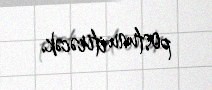
postunu itirəcək.